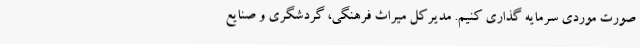
صورت موردی سرمایه گذاری کنیم. مدیرکل میراث فرهنگی، گردشگری و صنایع